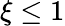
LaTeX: \xi\leq 1